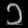
Digit: ၁